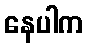
နေပါက